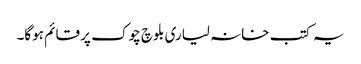
یہ کتب خانہ لیاری بلوچ چوک پر قائم ہوگا۔